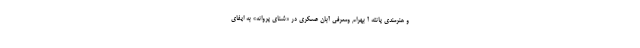
و هنرمندی پانته آ بهرام ومعرفی آبان عسکری در «شنای پروانه» به ایفای